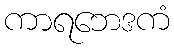
ကာရဘေဒကံ